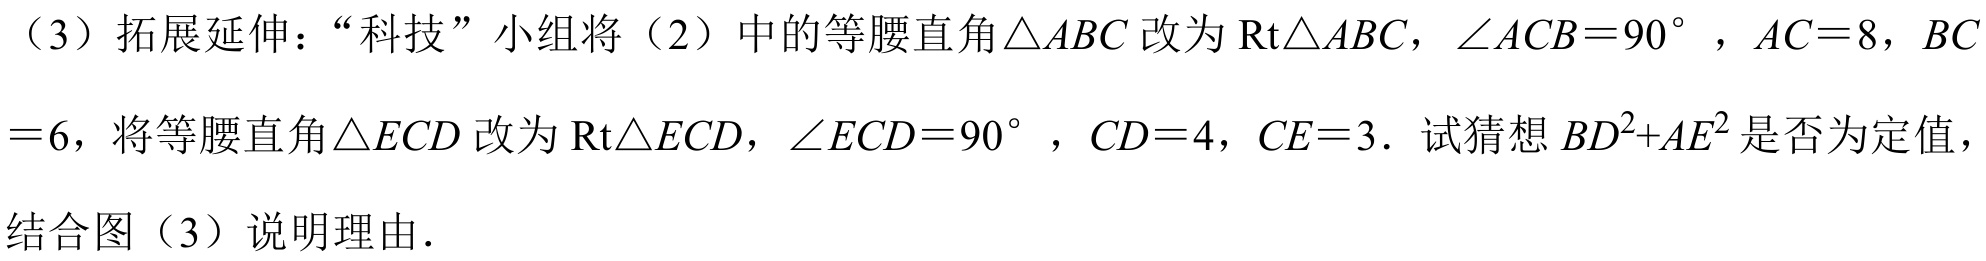
（3）拓展延伸：“科技”小组将（2）中的等腰直角$\triangle ABC$改为$\text{Rt}\triangle ABC$，$\angle ACB = 90^{\circ}$，$AC = 8$，$BC = 6$，将等腰直角$\triangle ECD$改为$\text{Rt}\triangle ECD$，$\angle ECD = 90^{\circ}$，$CD = 4$，$CE = 3$．试猜想$BD^{2}+AE^{2}$是否为定值，结合图（3）说明理由．